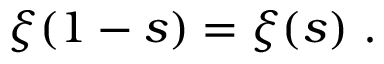
\xi ( 1 - s ) = \xi ( s ) ~ .